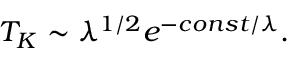
T _ { K } \sim \lambda ^ { 1 / 2 } e ^ { - c o n s t / \lambda } .